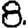
Digit: 8